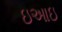
ઇઆઇ